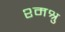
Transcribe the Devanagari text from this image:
श्मश्रु